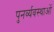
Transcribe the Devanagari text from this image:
पुनर्व्यवस्थाओं